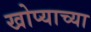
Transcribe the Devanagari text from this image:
खोप्याच्या